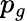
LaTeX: p_{g}